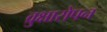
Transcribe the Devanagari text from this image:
व्रुक्षारोपन